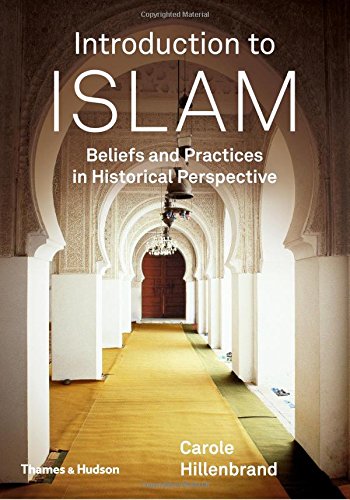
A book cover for Introduction to Islam: Beliefs and Practices in Historical Perspective; Carole Hillenbrand; Religion & Spirituality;